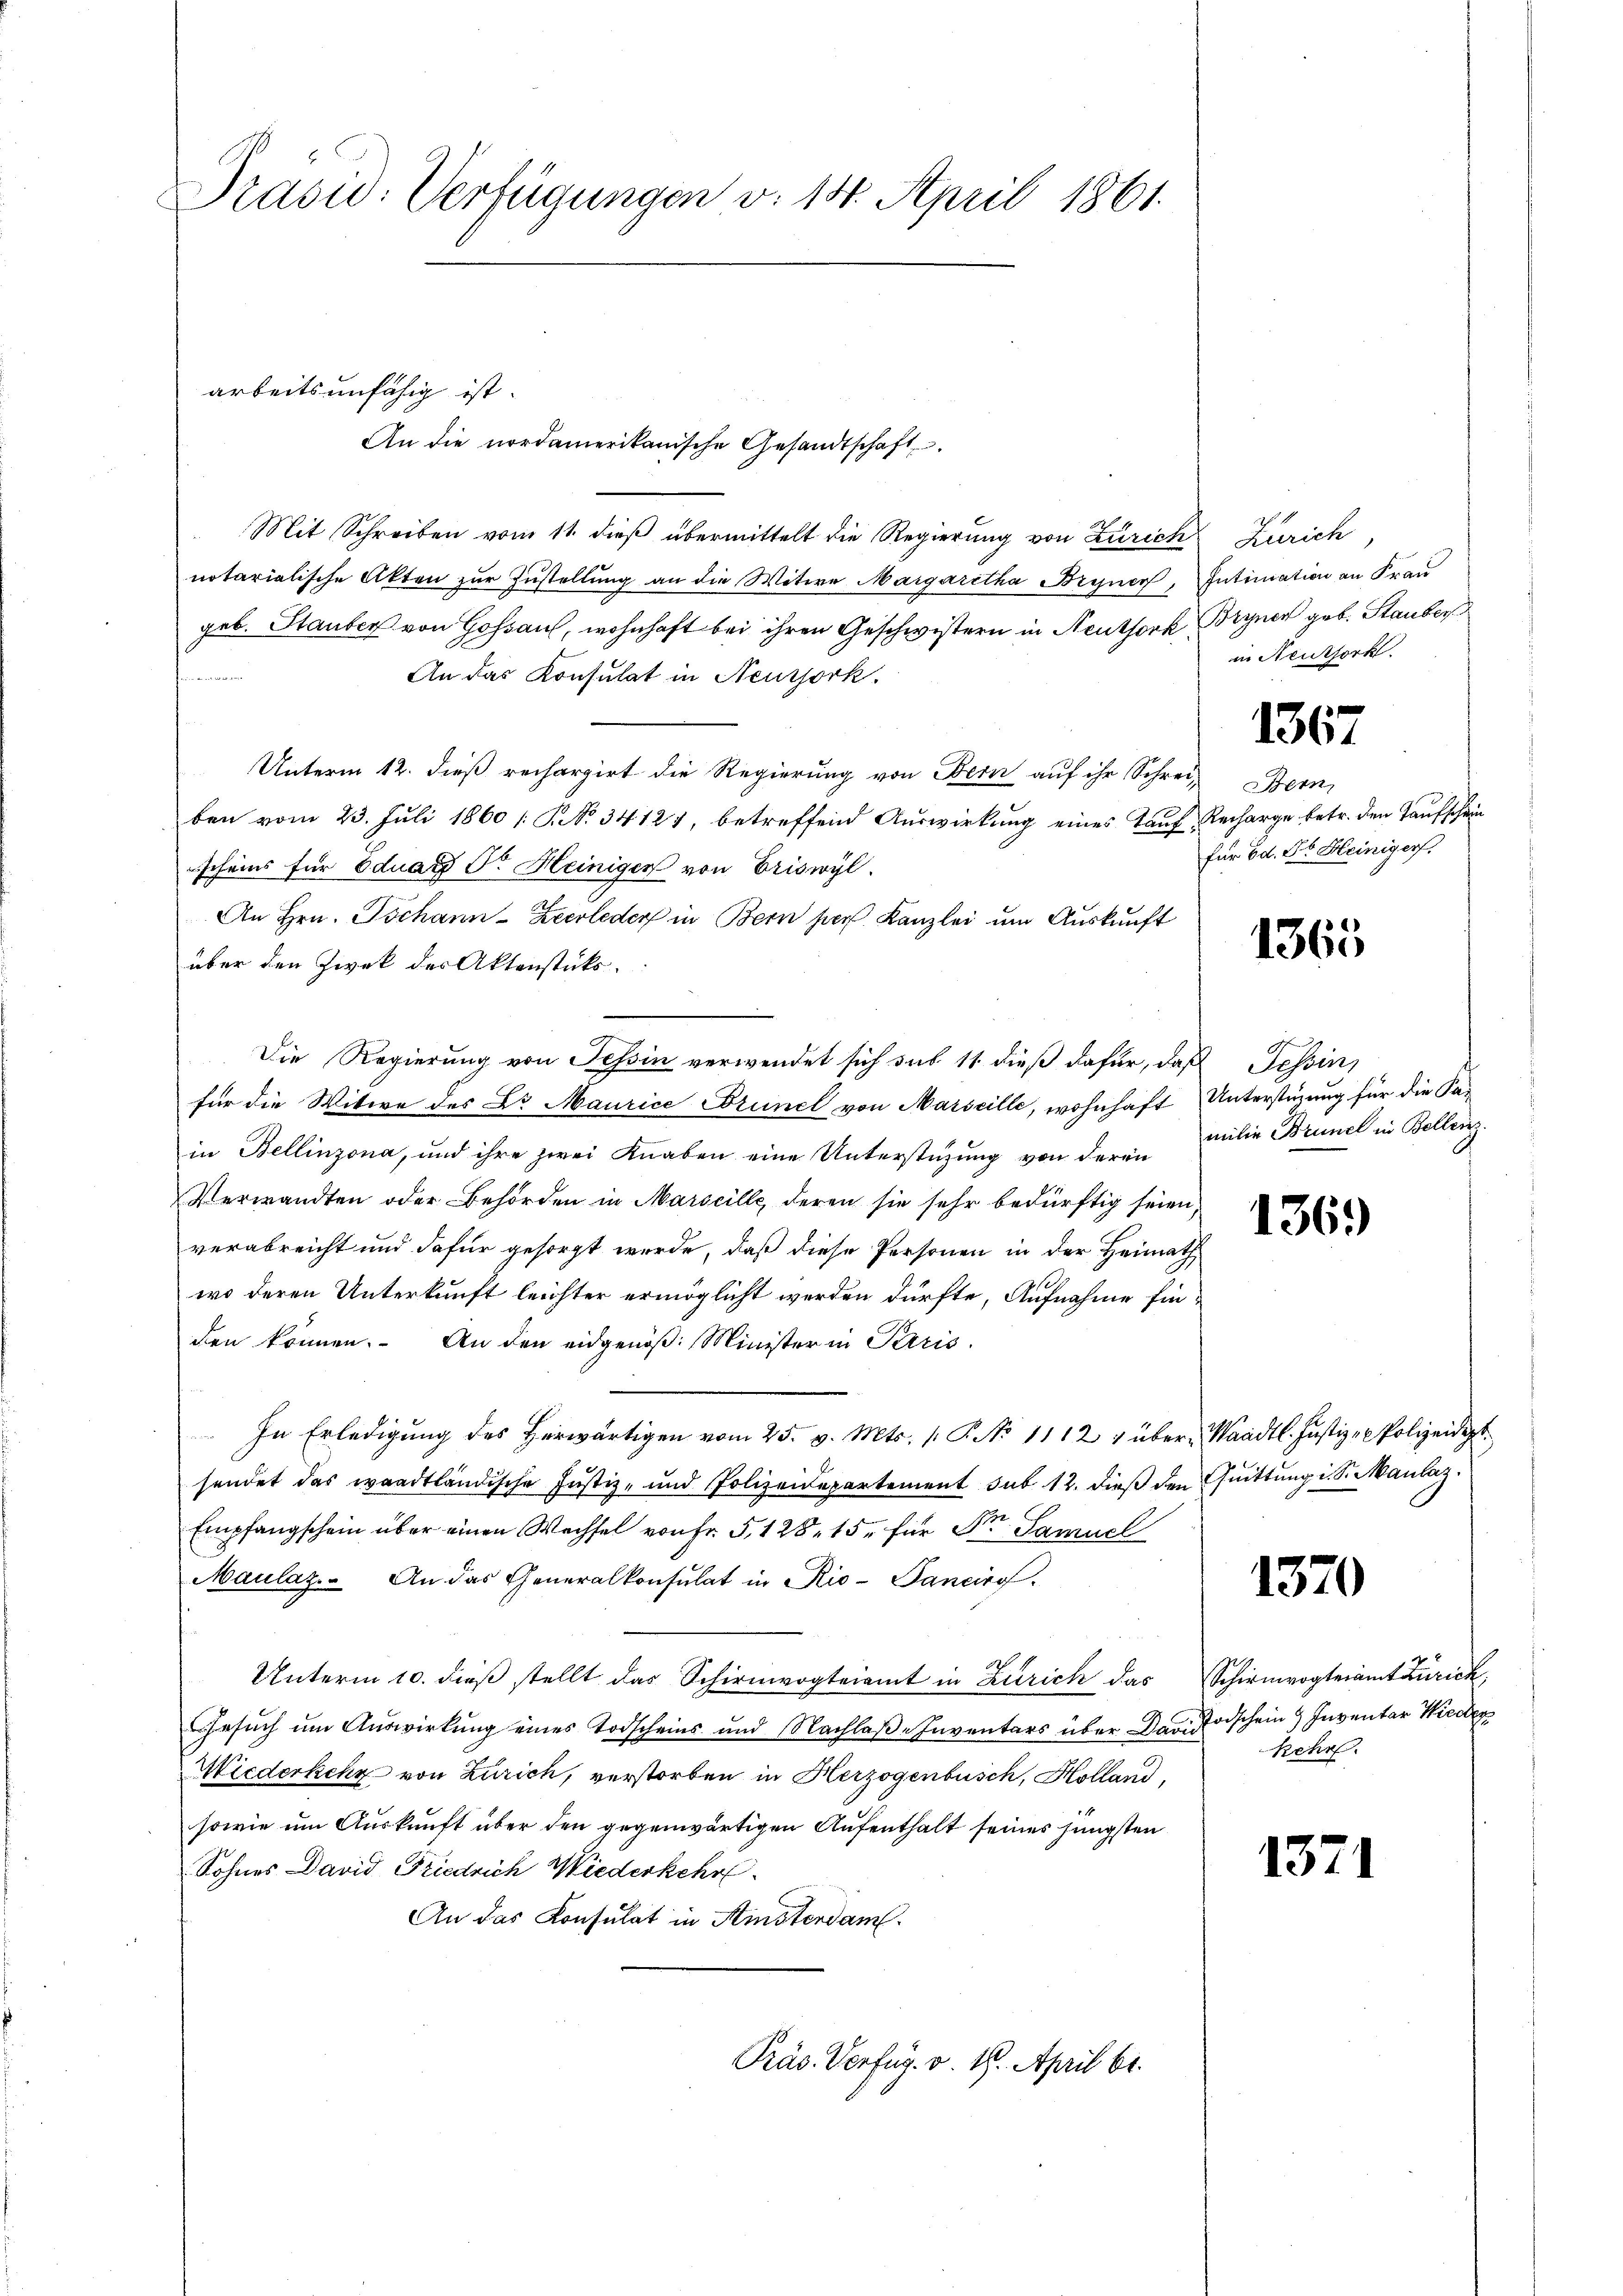
Präsid. Verfügungen v. 14. April 1861.

Mit Schreiben vom 11. dieß übermittelt die Regierung von Zürich
notarialische Akten zur Zustellung an die Witwe Margaretha Bryner, Intimation an Frau
geb. Stauber von Gossa, wohnhaft bei ihren Geschwistern in Neuthork Bryner geb. Stauber
An das Konsulat in Neusjork.
Unterm 12. dieß rechargirt die Regierung von Bern auf ihr Schrei-
ben vom 23. Juli 1860 [§ No. 34121, betreffend Auswirkung eines Tauf Recharge betr. den Taufschein
scheins für Eduard Sr. Heinigen von Briswyl
An Hrn. Tschann-Zeerleder in Bern per Kanzlei um Auskunft
über den Zwek der Aktenstüks.
Die Regierung von Tessin verwendet sich sub 11 dieß dafür, daß Tessin,
für die Witwe des Dr Maurice Brinel von Marseille, wohnhaft Unterstimmung für die Fa-
in Bellinzona, und ihre zwei Knaben eine Unterstüzung von deren
Verwandten oder Behörden in Marseille, deren sie sehr bedürftig seien,
verabreicht und dafür gesorgt werde, daß diese Personen in der Heimath
wo deren Unterkunft leichter ermöglicht werden dürfte, Aufnahme finden können. An den eidgenöß: Minister in Perris
In Erledigŭng des herwärtigen vom 25. v. Mts. 1 P. No 1112) über Waadt. Justiz- & Polizeidigt
sendet das waadtländische Justiz- und Polizeidepartement sub 12. dieß den Quittung i. S. Maulaz
Empfangschein über einen Wechsel von Fr. 5,128, 15. für der Samuel
Maulaz. An das Generalkonsulat in Rio-Pancirg.
Unterm 10. dieβ stellt das Schirmvogteiamt in Zürich das Schirmvogteiamt Zürich,
Gesuch um Auswirkung eines Todscheins und Nachlaβ- Inventars über Dann Todschein Inventar Wieder
Wiederkehr von Zürich, verstorben in Herzogenbusch, Holland,
sowie um Auskunft über den gegenwärtigen Aufenthalt seines jüngsten
Sohnes David Friedrich Wiederkehr
An das Konsulat in Ainsterdam.
Präs. Verfug. v. 18. April bt.

arbeitsunfähig ist.
An die nordamerikanische Gesandtschaft

Zürich,
in Neuthork

1367

Bern,
für Ed. Dr Heiniger

1365

milie Brunel in Bellenz.

1369

1370

kehr

1371